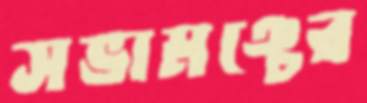
সভামঞ্চের